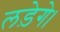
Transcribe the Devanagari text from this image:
लड़ेगे।